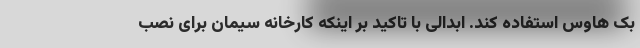
بک هاوس استفاده کند. ابدالی با تاکید بر اینکه کارخانه سیمان برای نصب